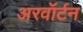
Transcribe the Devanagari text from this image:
अरवॉर्टन